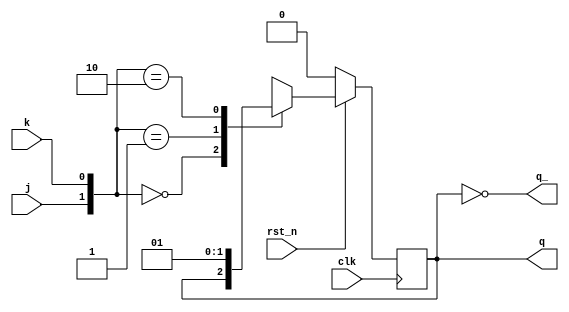
// This program was cloned from: https://github.com/sinkswim/veriloglib
// License: MIT License

// Jack Kilby flip flop
// Behaves like an SR FF except for the S=1 R=1 case
// which yields Q=~Q instead of Q=X
module jkff
(
    input clk, rst_n,
    input j, k,
    output reg q,
    output q_
);

always @(posedge clk)
    if(!rst_n)
        q <= 0;
    else
        case({j, k})
            2'b00: q <= q;
            2'b01: q <= 1'b0;
            2'b10: q <= 1'b1;
            2'b11: q <= 1'bx;
            default: q <= ~q;
        endcase

assign q_ = ~q;

endmodule